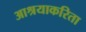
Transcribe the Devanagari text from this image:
आश्रयाकरिता